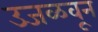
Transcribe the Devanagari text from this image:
उजळवून